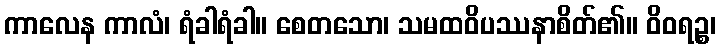
ကာလေန ကာလံ၊ ရံခါရံခါ။ စေတသော၊ သမထဝိပဿနာစိတ်၏။ ဝိဝရဉ္စ၊